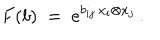
LaTeX: F ( b ) \ = \ e ^ { b _ { i j } \, x _ { i } \otimes x _ { j } } \, .